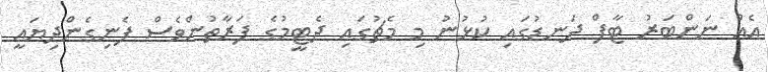
އެއް ނަންބަރު ޓާފް ދަނޑުގައި ކުޅުނު މިި މެޗުގައި ދެޓީމުގެ ފަރާތުންވެސް ފެނިގެންދިޔައީ